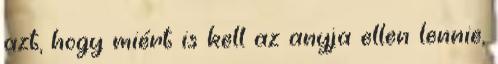
azt, hogy miért is kell az anyja ellen lennie,